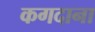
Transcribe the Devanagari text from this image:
कगदाना